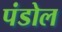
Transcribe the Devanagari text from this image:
पंडोल